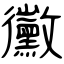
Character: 黴